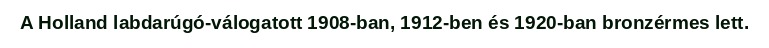
A Holland labdarúgó-válogatott 1908-ban, 1912-ben és 1920-ban bronzérmes lett.